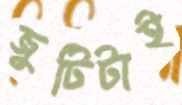
জুটিটাই